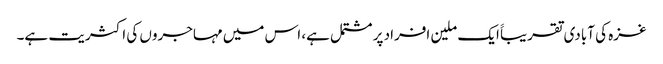
غزہ کی آبادی تقریباََ ایک ملین افراد پر مشتمل ہے، اس میں مہاجروں کی اکثریت ہے۔